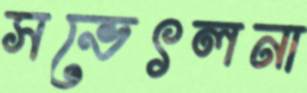
সভেৎলনা